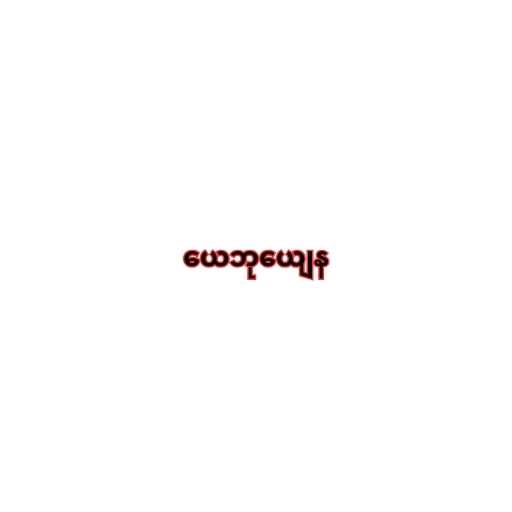
ယေဘုယျေန